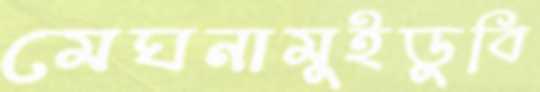
মেঘনামুইডুবি